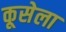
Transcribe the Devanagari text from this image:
कूसेला